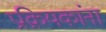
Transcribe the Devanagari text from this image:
प्रक्रियकांना